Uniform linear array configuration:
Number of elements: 24
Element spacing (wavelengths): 1
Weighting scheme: exponential
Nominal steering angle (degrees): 60
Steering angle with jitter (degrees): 58.02
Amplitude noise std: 0.05
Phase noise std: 0.05

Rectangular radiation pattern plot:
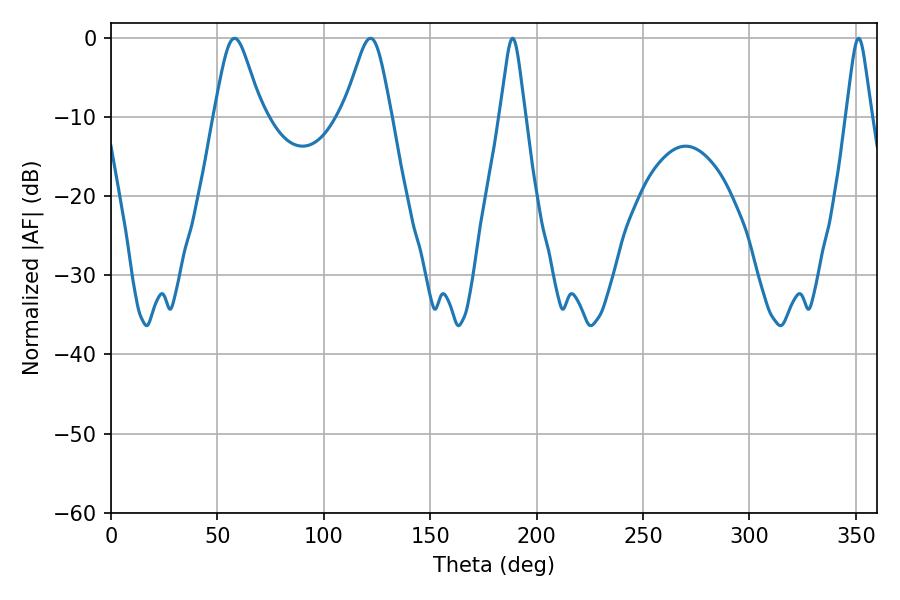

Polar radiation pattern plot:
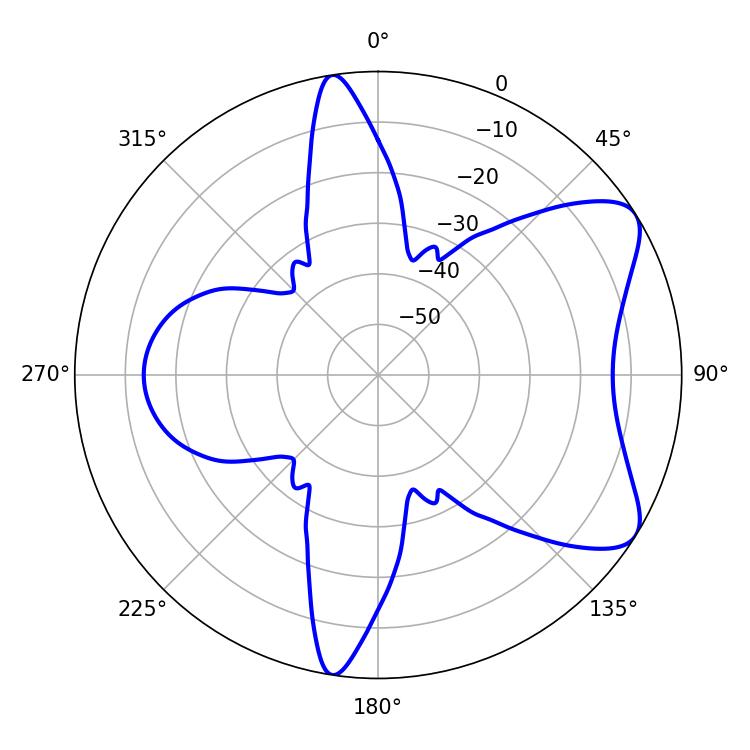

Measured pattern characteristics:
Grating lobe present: TRUE
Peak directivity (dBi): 7.479
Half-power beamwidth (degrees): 10.8
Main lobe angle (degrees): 58.14